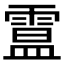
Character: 𩄅